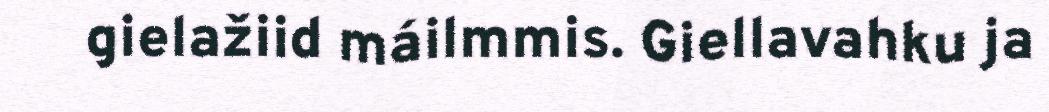
gielažiid máilmmis. Giellavahku ja